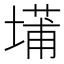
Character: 𫮝